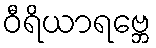
ဝီရိယာရဗ္ဘေ